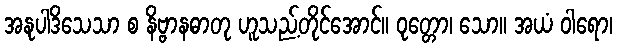
အနုပါဒိသေသာ စ နိဗ္ဗာနဓာတု ဟူသည့်တိုင်အောင်။ ဝုတ္တော၊ သော။ အယံ ဝါရော၊